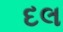
દલ